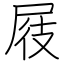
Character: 屐